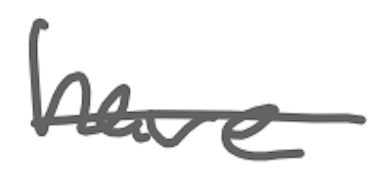
Text: have
Cross-out: single-line
Writing tool: digital_gray